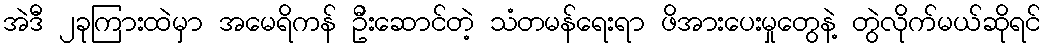
အဲဒီ ၂ခုကြားထဲမှာ အမေရိကန် ဦးဆောင်တဲ့ သံတမန်ရေးရာ ဖိအားပေးမှုတွေနဲ့ တွဲလိုက်မယ်ဆိုရင်